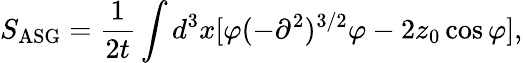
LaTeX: S_{\mathrm{ASG}}=\frac{1}{2t}\int d^{3}x[\varphi(-\partial^{2})^{3/2}\varphi-2z_{0}\cos\varphi],